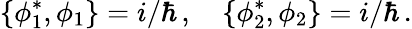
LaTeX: \{ \phi_{1}^{*},\phi_{1}\} =i/\hbar\, ,~~~~\{ \phi_{2}^{*},\phi_{2}\} =i/\hbar\, .